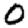
Digit: 0